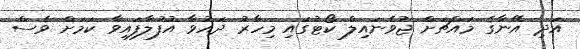
އަދި އޭނާގެ މައްޗަށް ޖުވެނައިލް ކޯޓުގައި މިހާރު ދައުވާ އުފުލާފައިވާ ކަމަށް ވެސް